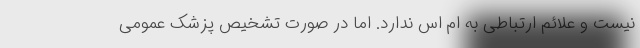
نیست و علائم ارتباطی به ام اس ندارد. اما در صورت تشخیص پزشک عمومی